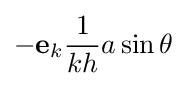
-\mathbf {e} _{k}{\frac {1}{kh}}a\sin \theta